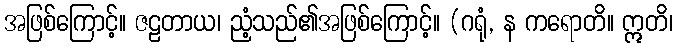
အဖြစ်ကြောင့်။ ဇဠတာယ၊ ညံ့သည်၏အဖြစ်ကြောင့်။ (ဂရုံ, န ကရောတိ။ ဣတိ၊